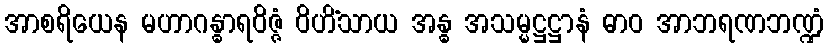
အာစရိယေန မဟာဂန္ဓာရဝိဇ္ဇံ ဝိဟိံသာယ အန္ဓ အသမ္မဋ္ဌဋ္ဌာနံ ဓာဝ အာဘရဏဘဏ္ဍံ